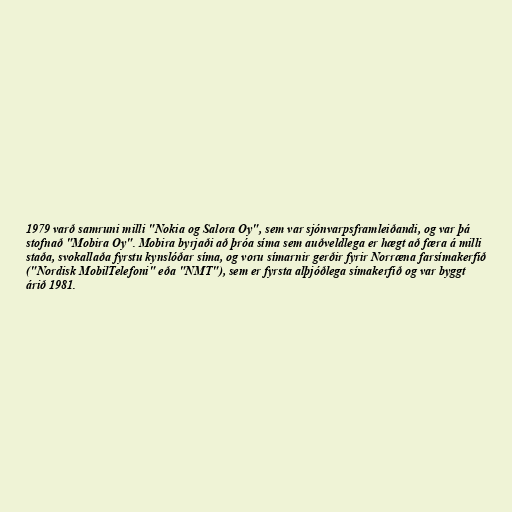
1979 varð samruni milli "Nokia og Salora Oy", sem var sjónvarpsframleiðandi, og var þá
stofnað "Mobira Oy". Mobira byrjaði að þróa síma sem auðveldlega er hægt að færa á milli
staða, svokallaða fyrstu kynslóðar síma, og voru símarnir gerðir fyrir Norræna farsímakerfið
("Nordisk MobilTelefoni" eða "NMT"), sem er fyrsta alþjóðlega símakerfið og var byggt
árið 1981.